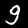
Digit: 9